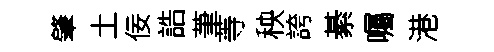
肇土佞誥茟䓁秧誇綦囑港